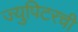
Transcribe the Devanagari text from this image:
ज्युपिटरची